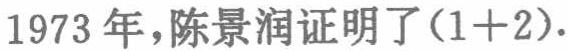
1973年，陈景润证明了(1+2).